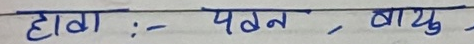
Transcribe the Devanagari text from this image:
हावा :- पवन , वायु ,